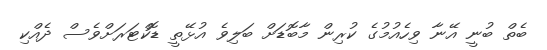
ބެތް ބުނީ އޭނާ ވިހެއުމުގެ ކުރިން މާބޮޑަށް ބަލިވެ އުޅޭތީ ޑޮކްޓަރަށްވެސް ދެއްކި